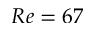
R e = 6 7